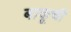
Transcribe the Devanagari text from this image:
बाकूची